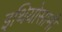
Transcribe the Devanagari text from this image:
इथियोसामी